Lock hospitals Punjab
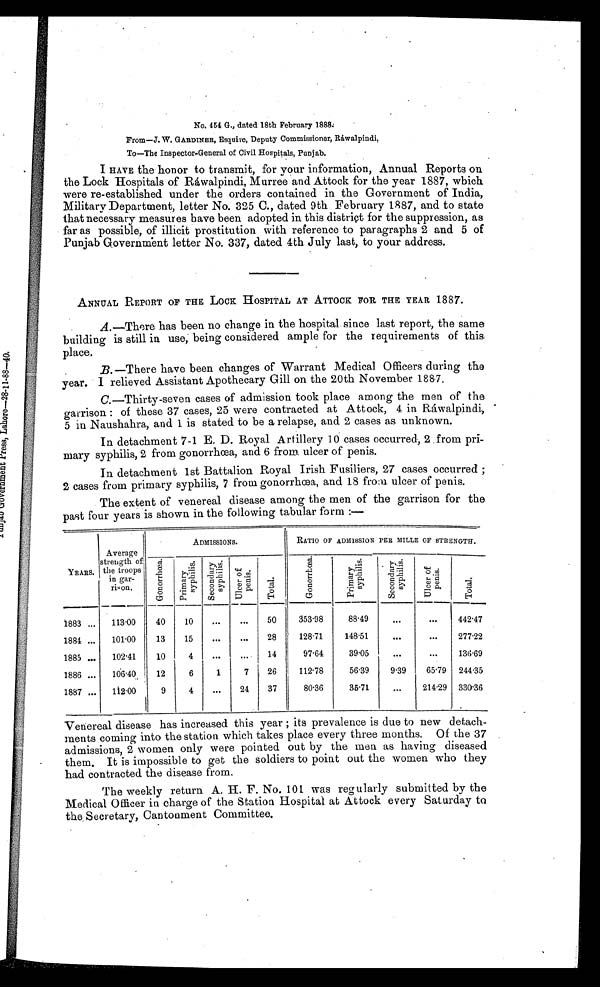
No. 454 G., dated 18th February 1888.
From—J. W. GARDINER, Esquire, Deputy Commissioner, Ráwalpindi,
To—The Inspector-General of Civil Hospitals, Punjab.
I HAVE the honor to transmit, for your information, Annual Reports on
the Lock Hospitals of Ráwalpindi, Murree and Attock for the year 1887, which
were re-established under the orders contained in the Government of India,
Military Department, letter No. 325 C., dated 9th February 1887, and to state
that necessary measures have been adopted in this district for the suppression, as
far as possible, of illicit prostitution with reference to paragraphs 2 and 5 of
Punjab Government letter No. 337, dated 4th July last, to your address.
ANNUAL REPORT OF THE LOCK HOSPITAL AT ATTOCK FOR THE YEAR 1887.
A .—There has been no change in the hospital since last report, the same
building is still in use, being considered ample for the requirements of this
place.
B .—There have been changes of Warrant Medical Officers during the
year. I relieved Assistant Apothecary Gill on the 20th November 1887.
C .—Thirty-seven cases of admission took place among the men of the
garrison : of these 37 cases, 25 were contracted at Attock, 4 in Ráwalpindi,
5 in Naushahra, and 1 is stated to be a relapse, and 2 cases as unknown.
In detachment 7-1 E. D. Royal Artillery 10 cases occurred, 2 from pri-
mary syphilis, 2 from gonorrhœa, and 6 from ulcer of penis.
In detachment 1st Battalion Royal Irish Fusiliers, 27 cases occurred ;
2 cases from primary syphilis, 7 from gonorrhœa, and 18 from ulcer of penis.
The extent of venereal disease among the men of the garrison for the
past four years is shown in the following tabular form :—
YEARS.
Average
strength of
the troops
in gar-
rison.
ADMISSIONS.
RATIO OF ADMISSION PER MILLE OF STRENGTH.
G o n o r r h œ a .
P r i m a r y
s y p h i l i s .
S e c o n d a r ys y p h i l i s .
Ul c e r o f p e n i s .
T o t a l .
G o n o r r h œ a .
P r i m a r y
s y p h i l i s . S e c o n d a r y s y p h i l i s .
U l c e r o f p e n i s .
T o t a l .
1883
113.00
40
10
...
...
50
353.98
88.49
. . .
. . . 442.47
1884
101.00
13
15
...
...
28
128.71
148.51
. . .
...
277.22
1885
102.41
10
4
...
. . .
14
97.64
39.05
. . .
...
136.69
1886
106.40
12
6
1
7
26
112.78
56.39
9.39
65.79 244.35
1887
112.00
9
4
...
24
37
80.36
35.71
. . .
214.29 330.36
Venereal disease has increased this year ; its prevalence is due to new detach-
ments coming into the station which takes place every three months. Of the 37
admissions, 2 women only were pointed out by the men as having diseased
them. It is impossible to get the soldiers to point out the women who they
had contracted the disease from.
The weekly return A. H. F. No. 101 was regularly submitted by the
Medical Officer in charge of the Station Hospital at Attock every Saturday to
the Secretary, Cantonment Committee.